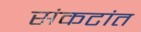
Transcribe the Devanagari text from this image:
संकटांत